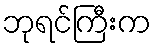
ဘုရင်ကြီးက